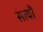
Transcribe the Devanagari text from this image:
सत्यौं